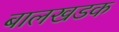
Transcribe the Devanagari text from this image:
बालखडक